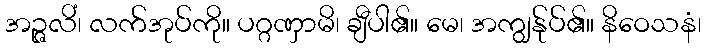
အဉ္ဇလိံ၊ လက်အုပ်ကို။ ပဂ္ဂဏှာမိ၊ ချီပါ၏။ မေ၊ အကျွန်ုပ်၏။ နိဝေသနံ၊